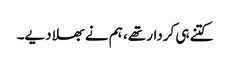
کتنے ہی کردار تھے، ہم نے بھلا دیے۔